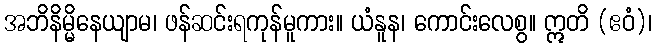
အဘိနိမ္မိနေယျာမ၊ ဖန်ဆင်းရကုန်မူကား။ ယံနူန၊ ကောင်းလေစွ။ ဣတိ (ဧဝံ)၊